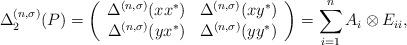
LaTeX: \begin{align*}\Delta^{(n,\sigma)}_{2}(P)= \left(\begin{array}{cc} \Delta^{(n,\sigma)}(xx^{*}) & \Delta^{(n,\sigma)}(xy^{*}) \\ \Delta^{(n,\sigma)}(yx^{*}) & \Delta^{(n,\sigma)}(yy^{*})\\ \end{array}\right)=\sum_{i=1}^{n} A_{i} \otimes E_{ii},\end{align*}